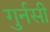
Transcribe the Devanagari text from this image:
गुर्नसी